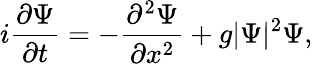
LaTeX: i\frac{\partial\Psi}{\partial t}=-\frac{\partial^{2}\Psi}{\partial x^{2}}+g|\Psi|^{2}\Psi,